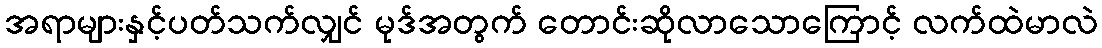
အရာများနှင့်ပတ်သက်လျှင် မုဒ်အတွက် တောင်းဆိုလာသောကြောင့် လက်ထဲမာလဲ